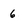
Character: 6